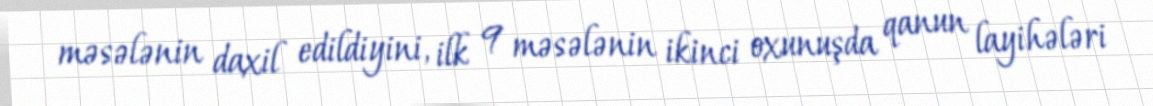
məsələnin daxil edildiyini, ilk 9 məsələnin ikinci oxunuşda qanun layihələri